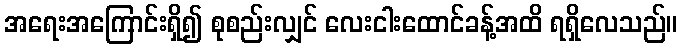
အရေးအကြောင်းရှိ၍ စုစည်းလျှင် လေးငါးထောင်ခန့်အထိ ရရှိလေသည်။